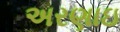
અરણાઇ